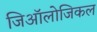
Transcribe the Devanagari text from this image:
जिऑलोजिकल